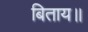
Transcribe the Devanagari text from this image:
बिताय॥